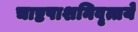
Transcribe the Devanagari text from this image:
चाष्टपाशनिवृत्तये